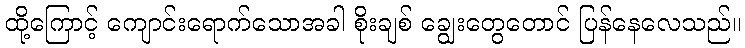
ထို့ကြောင့် ကျောင်းရောက်သောအခါ စိုးချစ် ချွေးတွေတောင် ပြန်နေလေသည်။